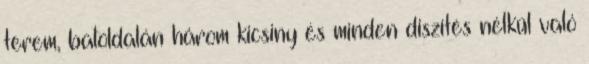
terem, baloldalán három kicsiny és minden diszítés nélkül való